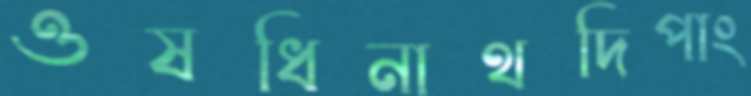
ওষধিনাথদিপাং